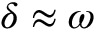
\delta \approx \omega